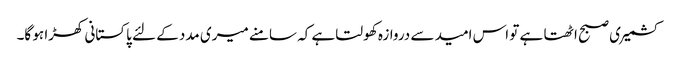
کشمیری صبح اٹھتا ہے تو اس امید سے دروازہ کھولتا ہے کہ سامنے میری مدد کے لئے پاکستانی کھڑا ہو گا۔